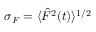
\sigma _ { F } = { \langle \hat { F } ^ { 2 } ( t ) \rangle ^ { 1 / 2 } }